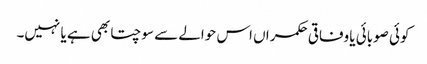
کوئی صوبائی یا وفاقی حکمراں اس حوالے سے سوچتا بھی ہے یا نہیں۔